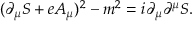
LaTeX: ( \partial _ { \mu } S + e A _ { \mu } ) ^ { 2 } - m ^ { 2 } = i \partial _ { \mu } \partial ^ { \mu } S .